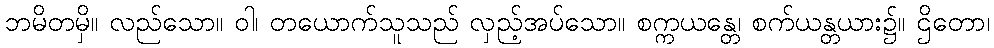
ဘမိတမှိ။ လည်သော။ ဝါ၊ တယောက်သူသည် လှည့်အပ်သော။ စက္ကယန္တေ၊ စက်ယန္တယား၌။ ဌိတော၊